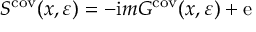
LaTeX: S ^ { \mathrm { c o v } } ( x , \varepsilon ) = - \mathrm { i } m G ^ { \mathrm { c o v } } ( x , \varepsilon ) + \mathrm { e }